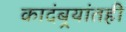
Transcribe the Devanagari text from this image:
कादंबर्‍यांतही